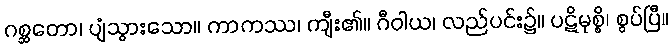
ဂစ္ဆတော၊ ပျံသွားသော။ ကာကဿ၊ ကျီး၏။ ဂီဝါယ၊ လည်ပင်း၌။ ပဋိမုစ္စိ၊ စွပ်ပြီ။